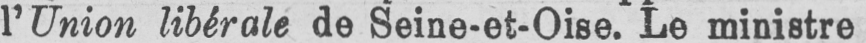
l’Union libérale de Seine-et-Oise. Le ministre